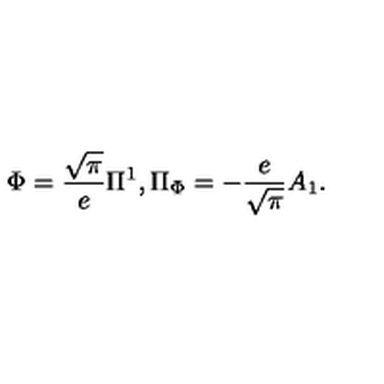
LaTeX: \Phi = { \frac { \sqrt \pi } { e } } \Pi ^ { 1 } , \Pi _ { \Phi } = - { \frac { e } { \sqrt \pi } } A _ { 1 } .